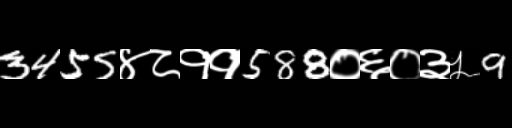
Text: 3455४८११588०६०३५9